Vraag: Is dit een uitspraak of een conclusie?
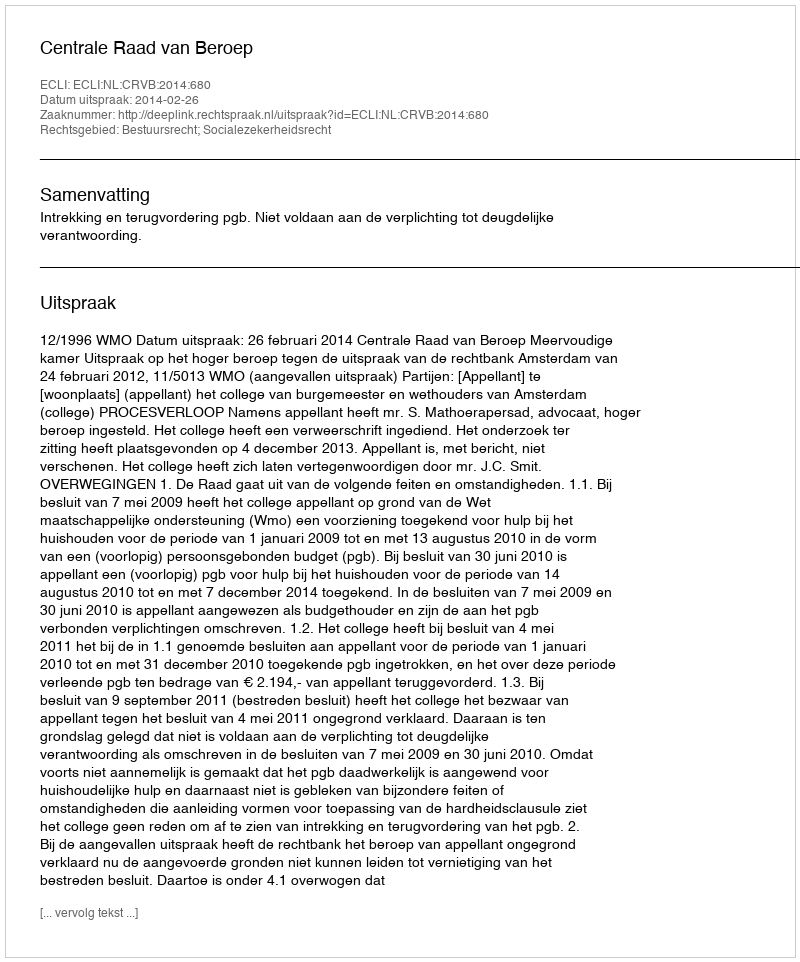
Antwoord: Uitspraak